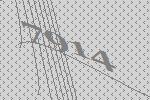
7914